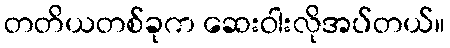
တတိယတစ်ခုက ဆေးဝါးလိုအပ်တယ်။